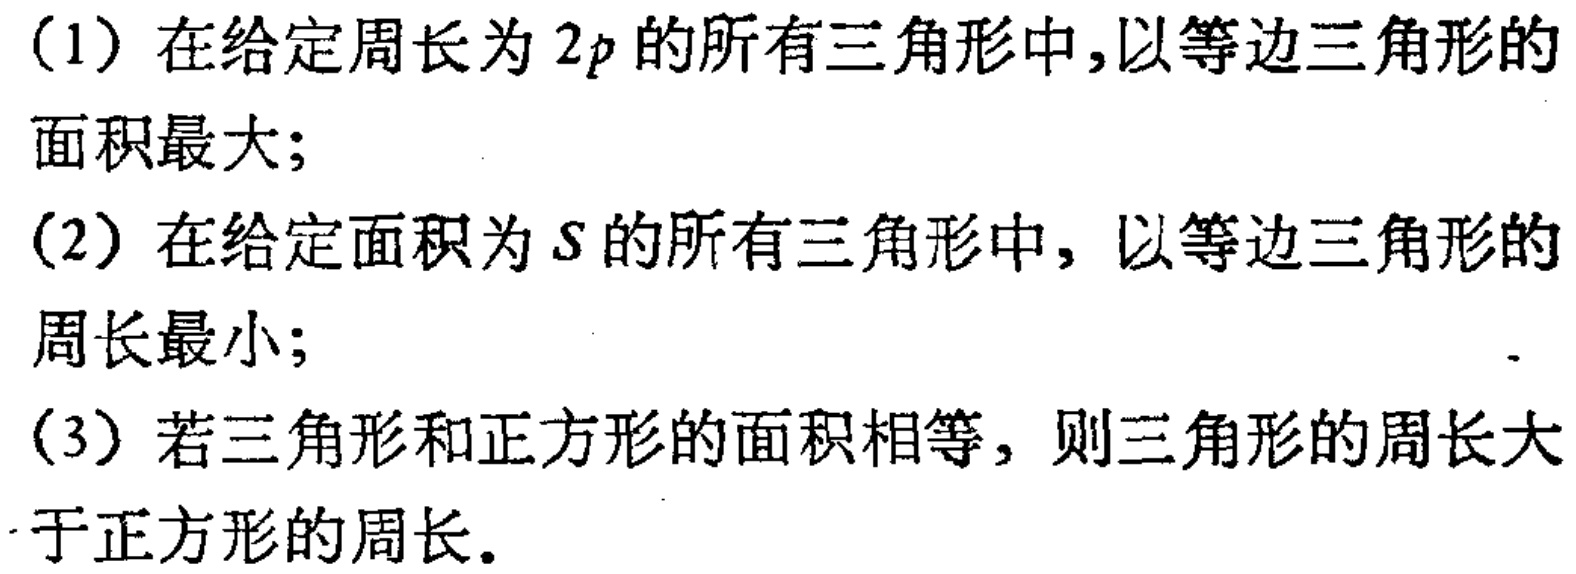
（1）在给定周长为 \(2p\) 的所有三角形中,以等边三角形的面积最大;
（2）在给定面积为 \(S\) 的所有三角形中, 以等边三角形的周长最小;
（3）若三角形和正方形的面积相等, 则三角形的周长大于正方形的周长.